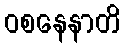
ဝစနေနာတိ